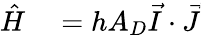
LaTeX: \begin{array}{rl}{\hat{H}}&{{}=hA_{D}\vec{I}\cdot\vec{J}}\end{array}